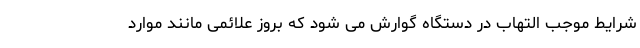
شرایط موجب التهاب در دستگاه گوارش می شود که بروز علائمی مانند موارد